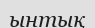
ынтық